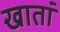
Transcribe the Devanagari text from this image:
खातां